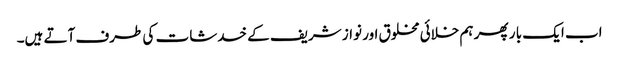
اب ایک با ر پھر ہم خلائی مخلوق اور نواز شریف کے خدشات کی طرف آتے ہیں۔